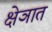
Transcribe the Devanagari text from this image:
क्षेञात